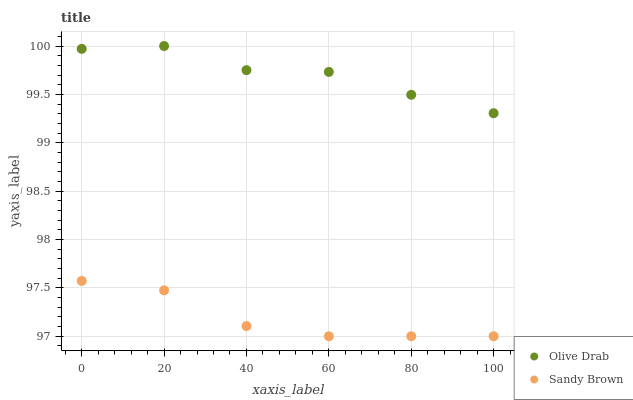
| xaxis_label | Olive Drab | Sandy Brown |
 | --- | --- | --- |
 | 0 | 100 | 97.6 |
 | 20 | 100 | 97.5 |
 | 40 | 99.8 | 97.1 |
 | 60 | 99.7 | 97 |
 | 80 | 99.5 | 97 |
 | 100 | 99.3 | 97 |